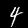
Label: 4